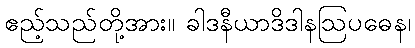
ဧည့်သည်တို့အား။ ခါဒနီယာဒိဒါနဩပဓေန၊